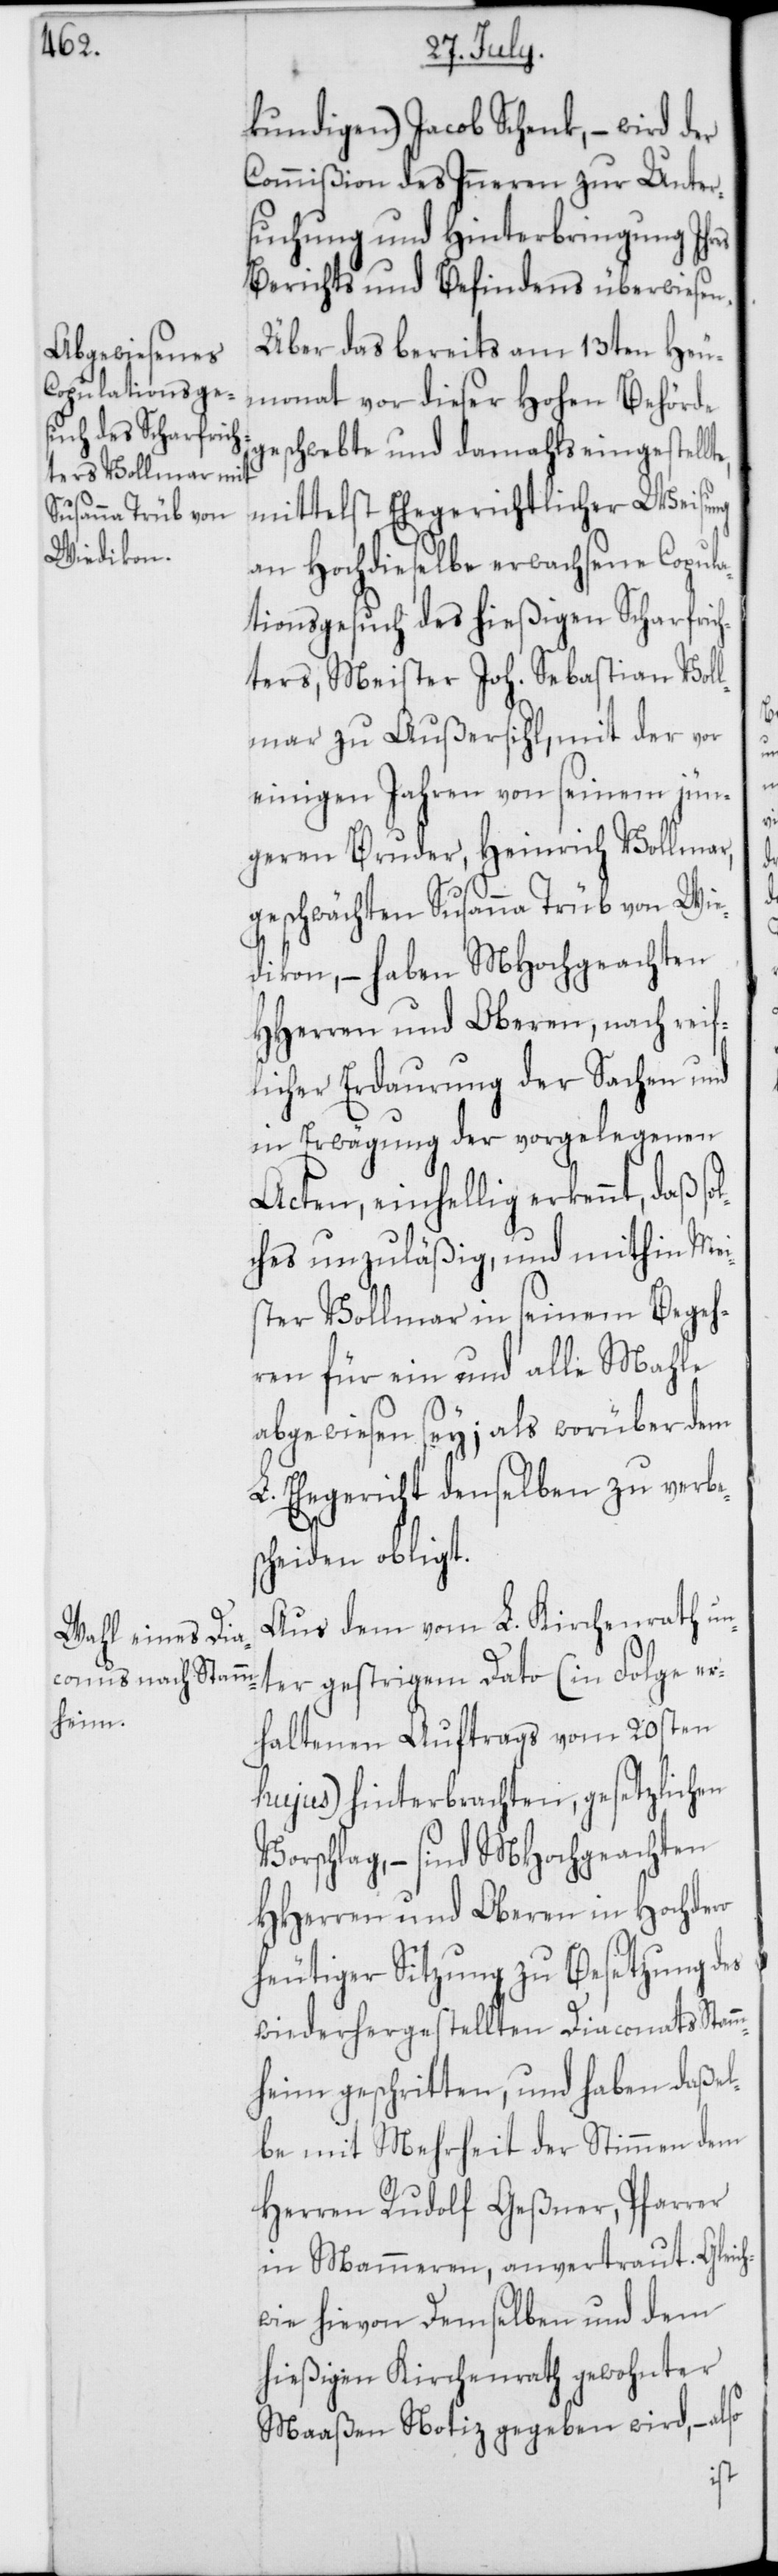
kundigen) Jacob Schenk, – wird der
Commißion des Inneren zur Unter¬
suchung und Hinterbringung Ihres
Berichts und Befindens überwiesen.
Über das bereits am 13ten Heu¬
monat vor dieser Hohen Behörde
geschwebte und damahls eingestellt¬
mittelst Ehegerichtlicher Weisung
an Hochdieselbe erwachsene Copula¬
tionsgesuch des hießigen Scharfric¬
hters, Meister Joh. Sebastian Voll¬
mar zu Außersihl, mit der vor
einigen Jahren von seinem jün¬
geren Bruder, Heinrich Vollmar,
geschwächten Susanna Trüb von Wie¬
dikon, – haben MHochgeachten
HHerren und Oberen, nach reif¬
licher Erdaurung der Sachen und
in Erwägung der vorgelegenen
Acten, einhellig erkennt, daß so¬
lches unzuläßig, und mithin Mei¬
ster Vollmar in seinem Begeh¬
ren für ein und alle Mahle
abgewiesen sey; als worüber dem
L. Ehegericht denselben zu verbe¬
scheiden obligt.
Aus dem vom L. Kirchenrath un¬
ter gestrigem Dato (in Folge er¬
haltenen Auftrags vom 20sten
hujus) hinterbrachten, gesetzlichen
Vorschlag, – sind MHochgeachten
HHerren und Oberen in Hochdero
heutiger Sitzung zu Besetzung des
wieder hergestellten Diaconats Stam¬
mheim geschritten, und haben daßel¬
be mit Mehrheit der Stimmen dem
Herren Rudolf Geßner, Pfarrer
in Mammeren, anvertraut. Gleic¬
hwie hievon Demselben und dem
hießigen Kirchenrath gewohnter
Maaßen Notiz gegeben wird, – also
e,